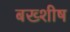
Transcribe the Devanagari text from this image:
बख्शीष